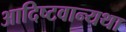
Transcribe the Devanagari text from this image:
आदिष्टवान्यथा